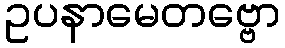
ဥပနာမေတဗ္ဗော